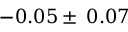
- 0 . 0 5 \pm \: 0 . 0 7